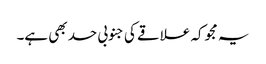
یہ مجوکہ علاقے کی جنوبی حد بھی ہے۔